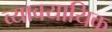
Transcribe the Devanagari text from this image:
व्यावयायिक